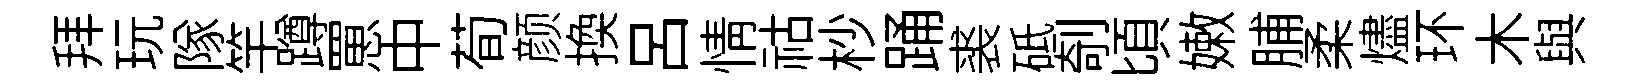
拜玩隊竿蹲罳中荀颜换吕情祜杪踊裘砥剞頃嫩脯柔燼环木與